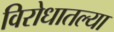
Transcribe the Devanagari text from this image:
विरोधातल्या